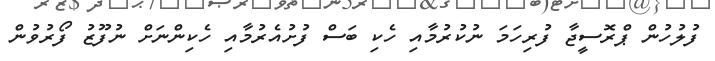
ފުލުހުން ޕްރޮސީޖާ ފުރިހަމަ ނުކުރުމާއި ހެކި ބަސް ފުށުއެރުމާއި ހެކިންނަށް ނުފޫޒު ފޯރުވުން